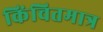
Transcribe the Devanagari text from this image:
किंचितमात्र